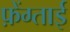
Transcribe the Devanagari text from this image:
फ़ेंग्ताई